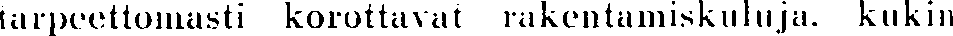
tarpeettomasti korottavat rakentamiskuluja. kukin